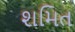
શમિત